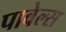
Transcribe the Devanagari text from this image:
पावेल्स